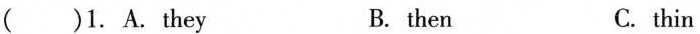
( )1.A.They B. then C. thin